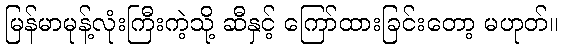
မြန်မာမုန့်လုံးကြီးကဲ့သို့ ဆီနှင့် ကြော်ထားခြင်းတော့ မဟုတ်။